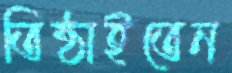
তিষ্ঠাইতেন